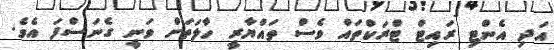
އަދި އެންޓި ރައިޓް ޓްރަކްތައް ވެސް ތައްޔާރީ ހާލަތަށް ވަނީ ގެނަސްފަ އެވެ.